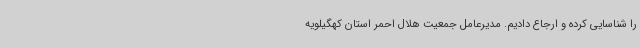
را شناسایی کرده و ارجاع دادیم. مدیرعامل جمعیت هلال احمر استان کهگیلویه